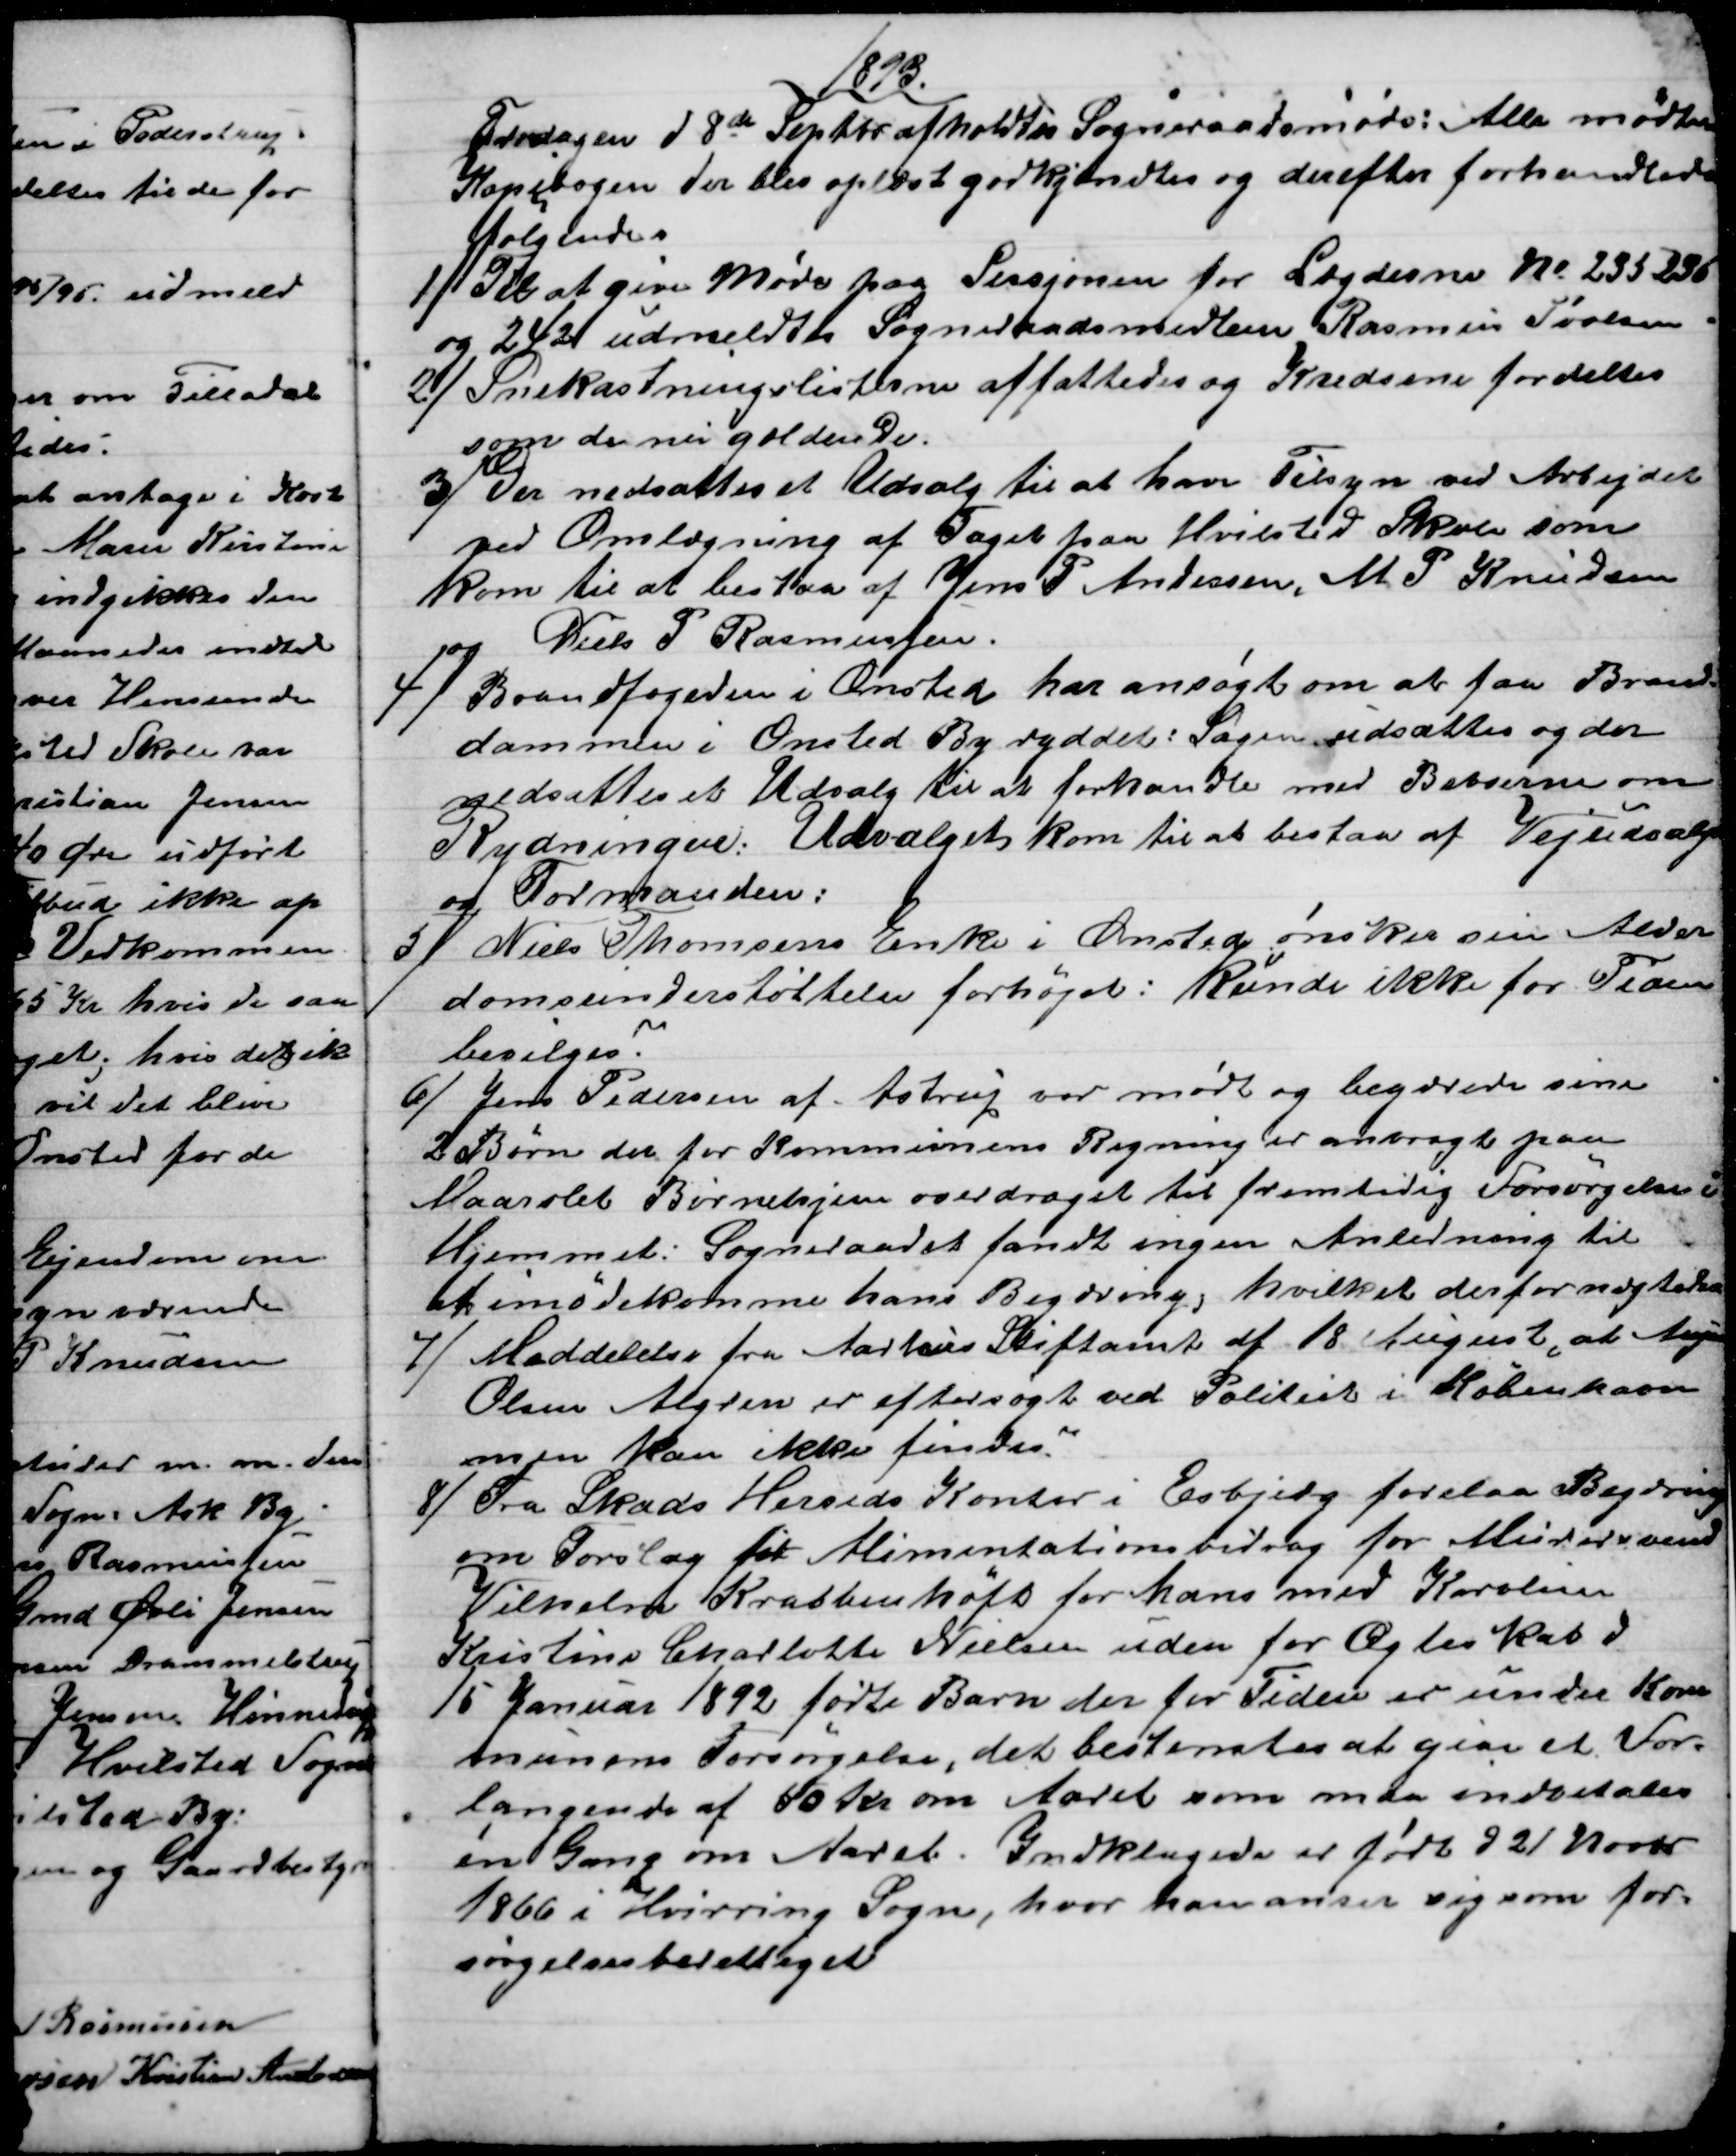
Transskription:
1893
Fredagen d 8de Septbr afholdtes Sogneraadsmøde: Alle mødte
Kopibogen der blev oplæst godkjendtes og derefter forhandledes
følgende.
1)
Til at give Møde paa Sessjonen for Lægderne № 235236
og 242 udmeldtes Sogneraadsmedlem Rasmus Povlsen
2) 
Snekastningslisterne affattedes og Kredsene fordeltes
som de nu gældende.
3) 
Der nedsattes et Udvalg til at have Tilsyn ved Arbejdet
ved Omlægning af Taget paa Hvilsted Skole som
kom til at bestaa af Jens P Andersen, M. P. Knudsen
og Niels P Rasmussen
4)
Brandfogeden i Onsted har ansøgt om at faa Brand-
dammen i Onsted By ryddet: Sagen udsattes og der
nedsattes et Udvalg til at forhandle med Beboerne om
Rydningen: Udvalget kom til at bestaa af Vejudvalg
og Formanden:
5)
Niels Thomsens Enke i Onsted ønsker sin Alder
domsunderstøttelse forhøjet: kunde ikke for Tiden
bevilges.
6) 
Jens Pedersen af Astrup var mødt og begærede sine
2 Børn der for Kommunens Regning er anbragte paa
Maarslet Børnehjem overdraget til fremtidig Forsørgelse i
Hjemmet. Sogneraadet fandt ingen Anledning til
at imødekomme hans Begæring, hvilket derfor nægtedes
7) 
Meddelelse fra Aarhus Stiftamt af 18 August, at Augu
Olsen Algren er eftersøgt ved Politiet i København
men kan ikke findes.
8)
Fra Skads Herreds Kontor i Esbjerg forelaa Begæring
om Forslag for Alimentationsbidrag for Murersvend
Vilhelm Krabbenhøft for hans med Karoline
Kristine Charlotte Nielsen uden for Ægteskab d.
15 Januar 1892 fødte Barn der for Tiden er under Kom
munens Forsørgelse, det bestemtes at give et For-
langende af 50 kr om Aaret som maa indbetales
en Gang om Aaret. Indklagede er født d 21 Novbr
1866 i Hvirring Sogn, hvor han anser sig som for-
sørgelsesberettiget